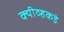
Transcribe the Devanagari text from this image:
क्यीव्हकडे